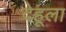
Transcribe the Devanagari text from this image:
देहूला